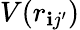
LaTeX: V(r_{\mathbf{i}j^{\prime}})